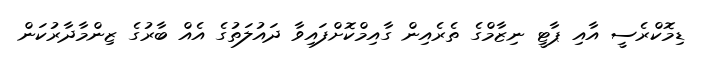
ޑިމޮކްރެސީ އާއި ޕާޓީ ނިޒާމްގެ ތެރެއިން ގާއިމްކޮށްފައިވާ ދައުލަތުގެ އެއް ބާރުގެ ޒިންމާދާރުކަން